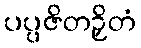
ပပ္ပဇိတဉှိတံ